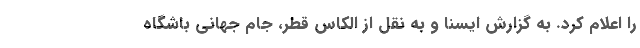
را اعلام کرد. به گزارش ایسنا و به نقل از الکاس قطر، جام جهانی باشگاه